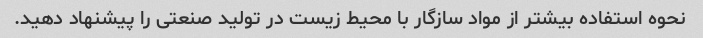
نحوه استفاده بیشتر از مواد سازگار با محیط زیست در تولید صنعتی را پیشنهاد دهید.